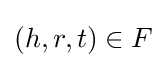
(h,r,t)\in F